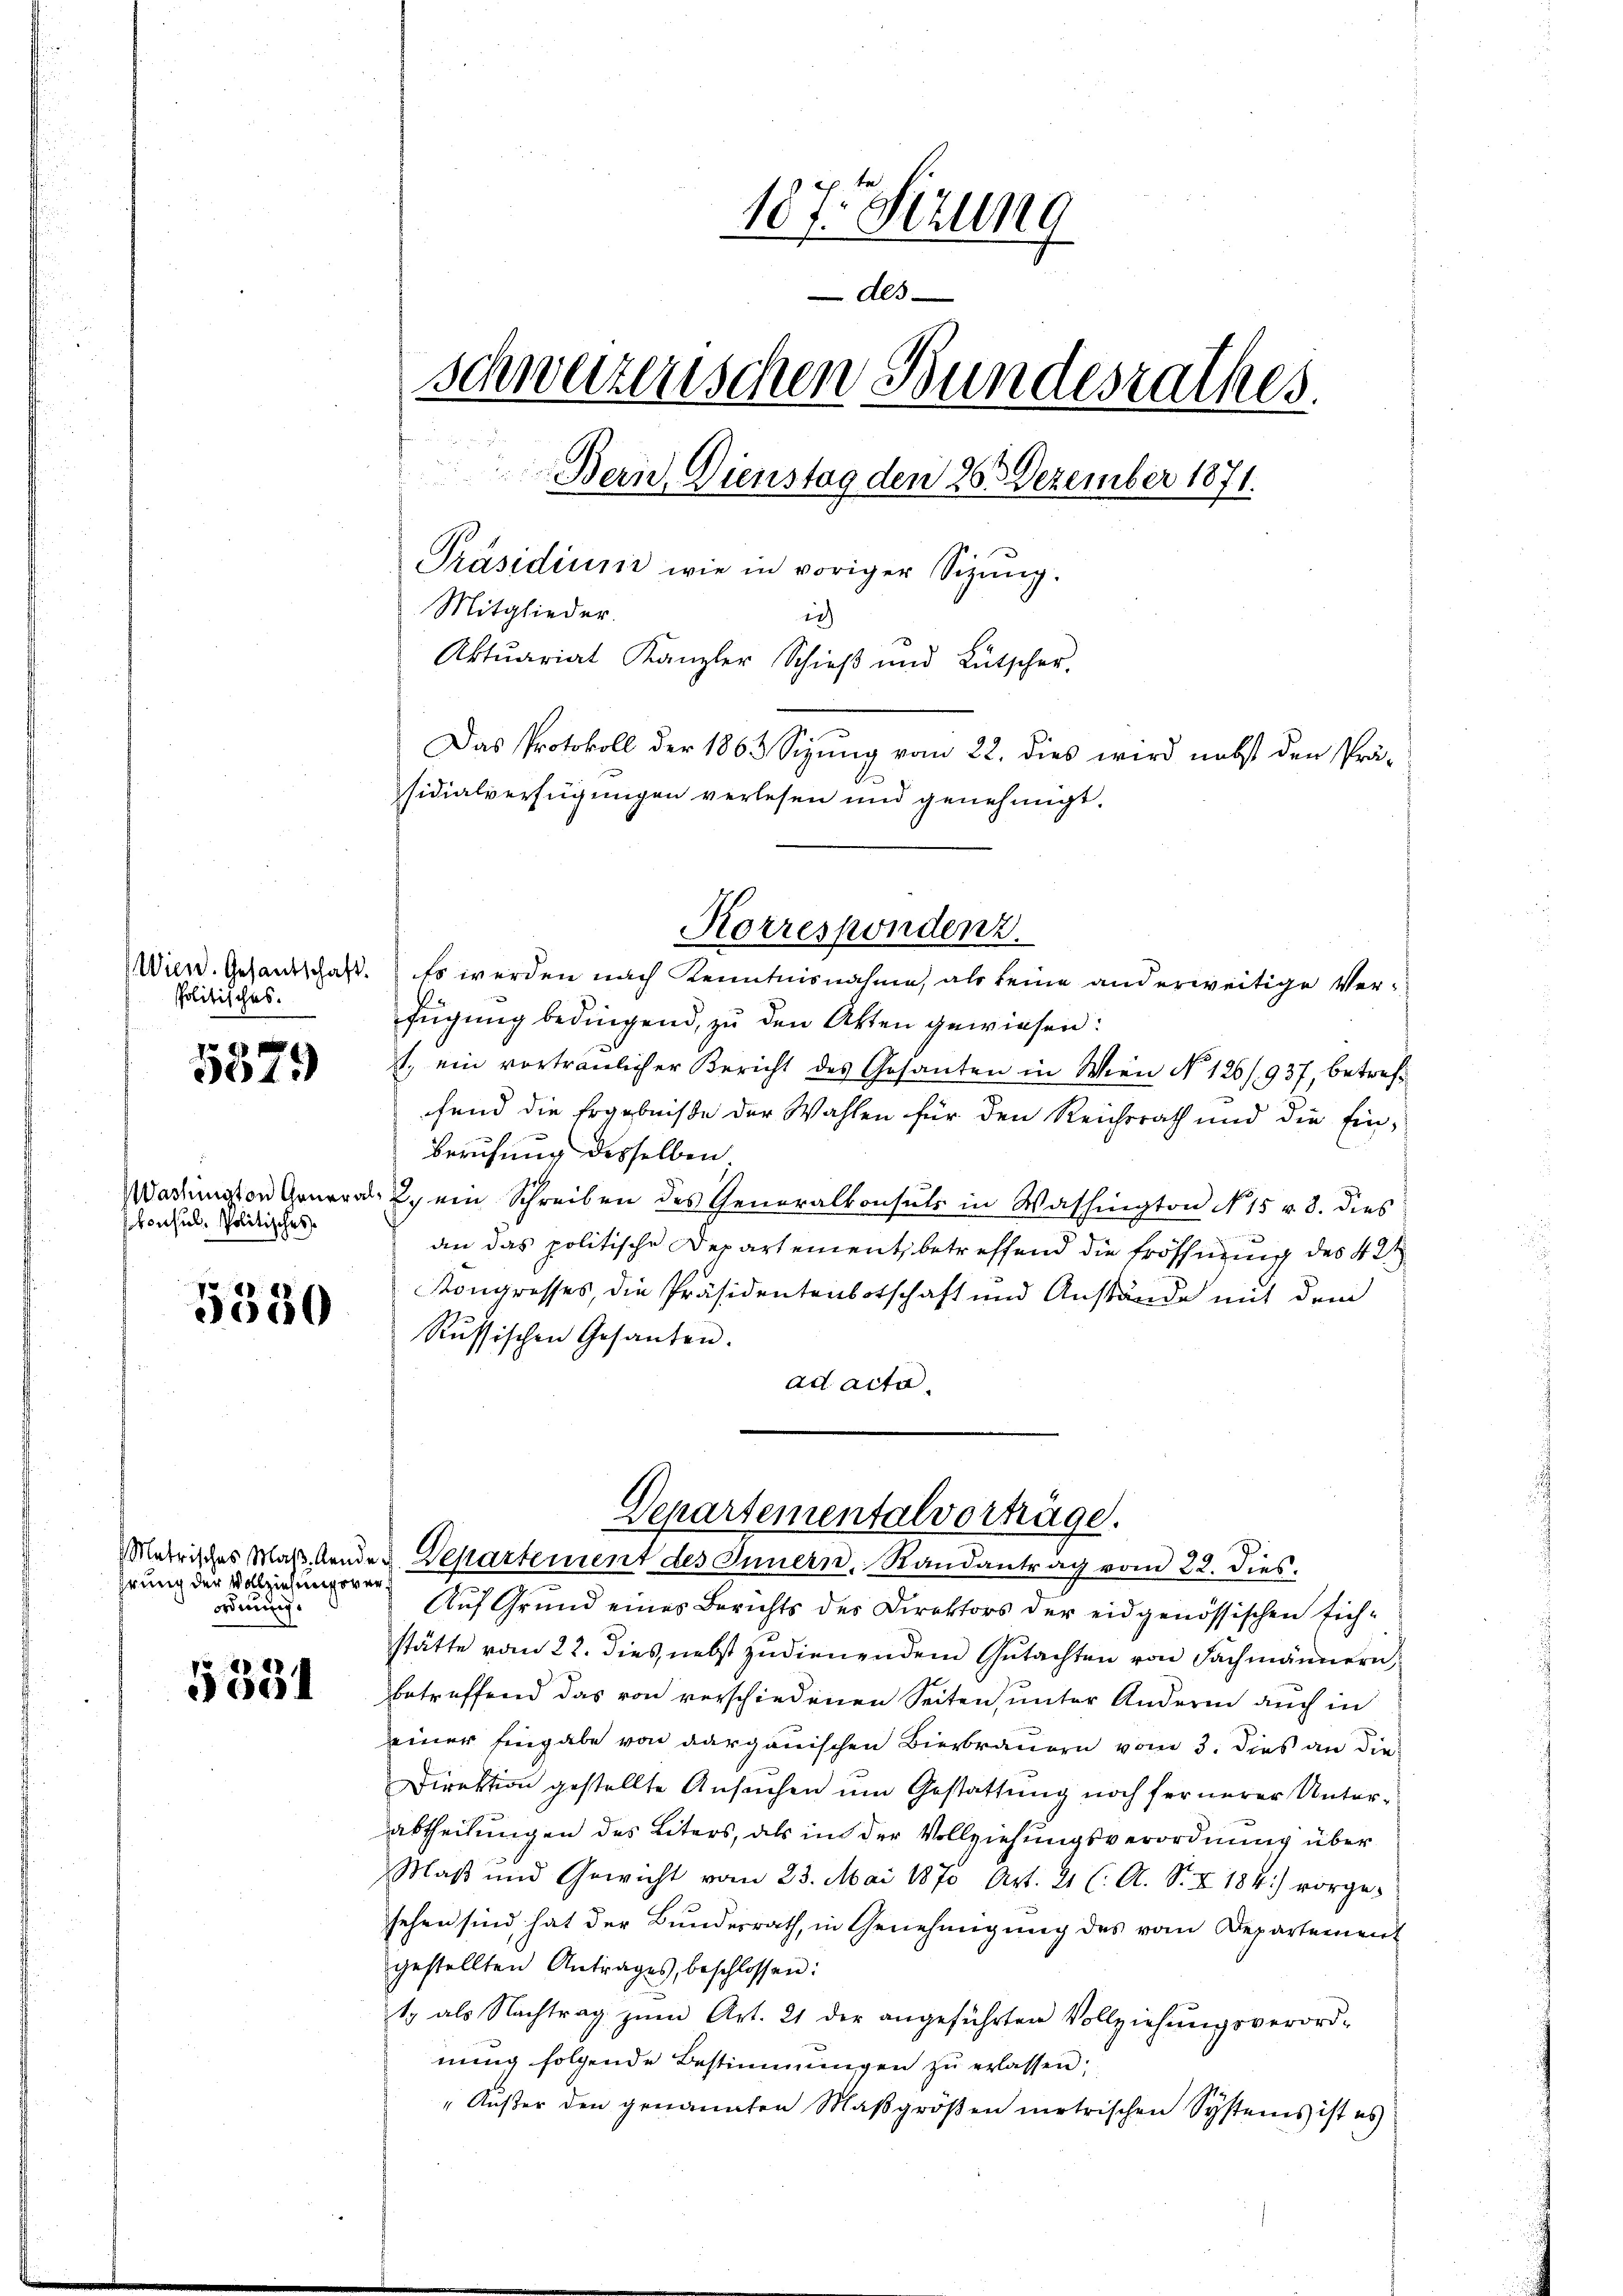
politisches.

f 20 x
301)

konsul, Politisches

5530

hrung der Vollziehungsverf
ordnung

pe e
90

187. Sizung
des
schweizerischen Bundesrathes.
 de der der
Bern. Dienstag den 26. Dezember 1871.
Präsidium wie in voriger Sizŭng.
Mitglieder.
in
Aktuariat Kanzler Schieβ und Lütscher-
Das Protokoll der 1863 Sizung vom 22. dies wird nebst den Prä-
sidialverfügungen verlesen und genehmigt.

Wien. Gesandschaft. Es werden nach Kenntnisnahme, als keine anderweitige Verfügung bedingend, zu den Akten gewiesen:
t. ein vortraulicher Bericht des Gesanten in Wien No 126/937, betreffend die Ergebnisse der Wahlen für den Reichsrath und die Ein¬
Berufung desselben,
Wachinisten General 2. ein Schreiben des Generalkonsuls in Washington No 15 v. 8. dies
an das politische Departement, betreffend die Eröffnung des 42
Kongresses, die Präsidentenbotschaft und Anstände mit dem
Russischen Gesanten.
ad acta.

Korrespondenz.

Departementalvorträge.
Matrisches Maβ Aende d. Departement des Innern, Randantrag vom 22. dies.

Auf Grund eines Berichts der Direktors der eidgenössischen sichstätte vom 22. dies, nebst zudienendem Gutachten von Fachmännern,
betreffend das von verschiedenen Seiten, unter Andern auch in
seiner Eingabe von dargauischen Bierbrauern vom 3. dies an die
Direktion gestellte Ansuchen um Gestattung noch fernerer Unterabtheilungen des Liters, als in der Vollziehungsverordnung über
Maß und Gewicht vom 23. Mai 1870 Art. 21 (: A. S. Z 184) vorge-
sehen sind hat der Bundesrath, in Genehmigung des vom Departement
gestellten Antrages, beschlossen:
ty als Nachtrag zŭm Art. 21 der angeführten Vollziehŭngsverord-
nung folgende Bestimmungen zu erlassen;
"Außer den genannten Maßgrößen metrischen Systems ist es